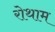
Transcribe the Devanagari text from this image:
रोथाम